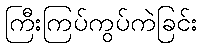
ကြီးကြပ်ကွပ်ကဲခြင်း